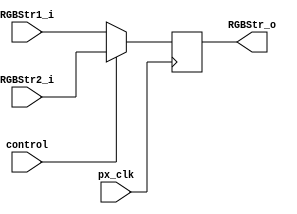
//////////////////////////////////////////////////////////////////////////////////
// Company: University of Alicante
// 
// Module Name:    PxsMux2
// Description:    Mux for streams 
//
// Dependencies: 
//
// Revision: 
// Revision 0.01 - File Created 
// 
//
// Additional Comments: 
//
//	Video Stream notation 
//	- VGA: type of video 640x480 progresive
//  - S: Sync signals HSync, VSync
//	- C: Coordinates XCoord, YCoord	
//	- A: ActiveVideo 
//	- P: Pixel type RGB(1:1:1)/ Gray(3b)	
//////////////////////////////////////////////////////////////////////////////////
module PxsMux2 (
            input wire       px_clk,            // pixel clock
			input wire [25:0] RGBStr1_i,		// Input stream 1
			input wire [25:0] RGBStr2_i,		// Input stream 2		
			input wire control,					// strean selector
			output reg [25:0] RGBStr_o			// Otuput stream
         );
		 
// alias 
`define Active 0:0
`define VS 1:1
`define HS 2:2
`define YC 12:3
`define XC 22:13
`define RGB 25:23

always @(posedge px_clk)
begin
	RGBStr_o <= control? RGBStr2_i:RGBStr1_i;
end

endmodule